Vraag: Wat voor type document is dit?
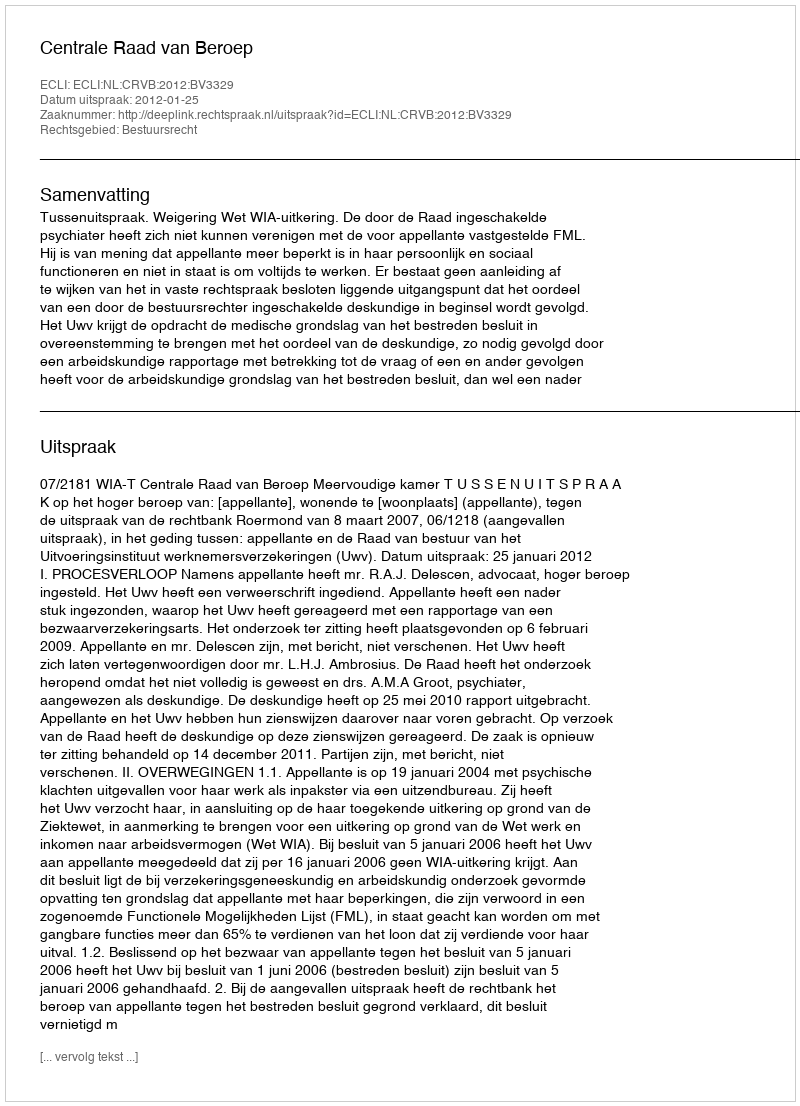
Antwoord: Uitspraak